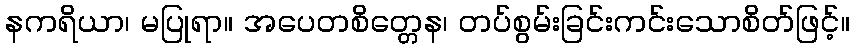
နကရိယာ၊ မပြုရာ။ အပေတစိတ္တေန၊ တပ်စွမ်းခြင်းကင်းသောစိတ်ဖြင့်။